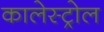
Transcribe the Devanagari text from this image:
कालेस्ट्रोल